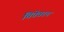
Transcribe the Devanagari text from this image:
चितेवरच